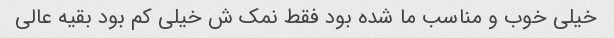
خیلی خوب و مناسب ما شده بود فقط نمک ش خیلی کم بود بقیه عالی